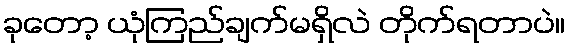
ခုတော့ ယုံကြည်ချက်မရှိလဲ တိုက်ရတာပဲ။